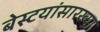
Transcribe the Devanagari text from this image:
बेस्टयांसारख्या